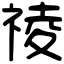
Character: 祾